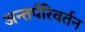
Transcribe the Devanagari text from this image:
अन्तर्परिवर्तन